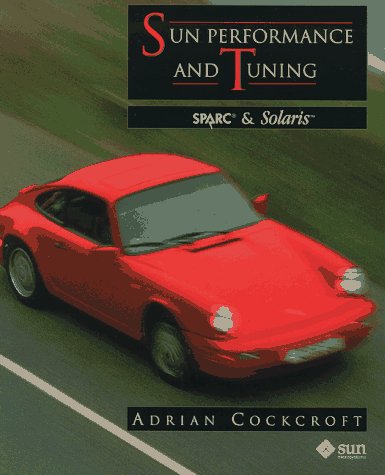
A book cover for Sun Performance and Tuning: Sparc & Solaris; Adrian Cockcroft; Computers & Technology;